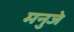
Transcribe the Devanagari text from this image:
मनुजे